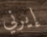
إيرني